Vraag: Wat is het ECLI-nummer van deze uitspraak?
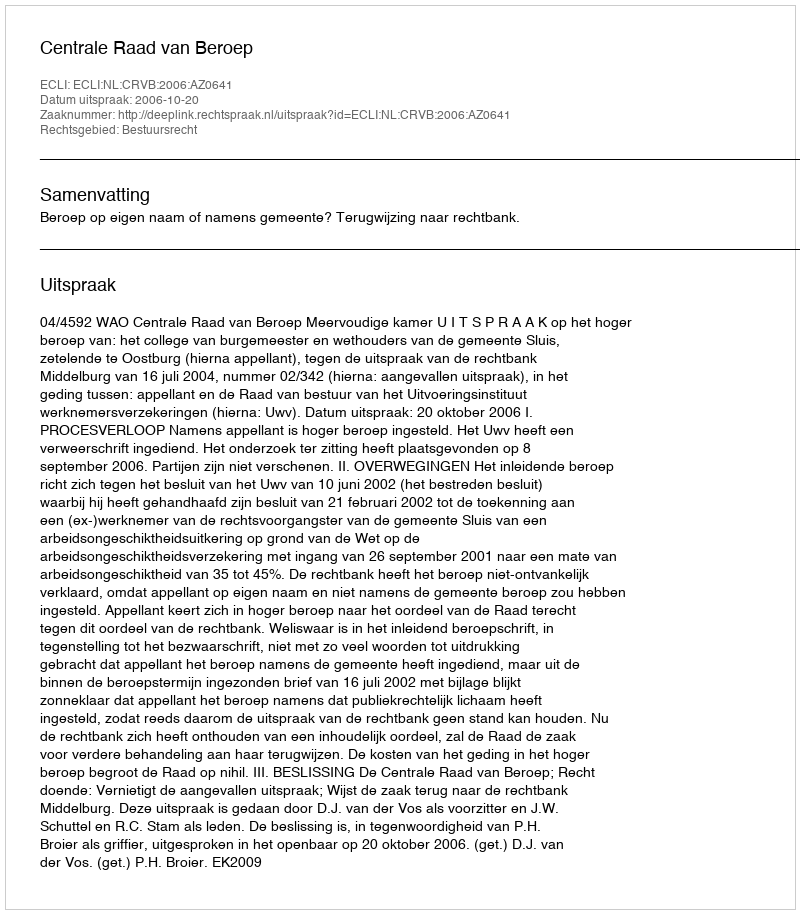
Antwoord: ECLI:NL:CRVB:2006:AZ0641